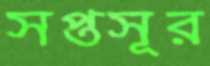
সপ্তসূর